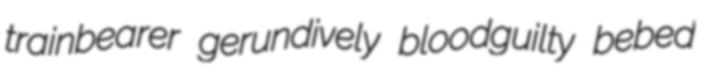
trainbearer gerundively bloodguilty bebed